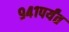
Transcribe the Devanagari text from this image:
९४१पर्यंत